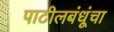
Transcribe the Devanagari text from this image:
पाटीलबंधूंचा